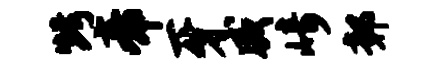
烤帝牙威崎鄣